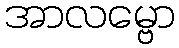
အာလမ္ဗော